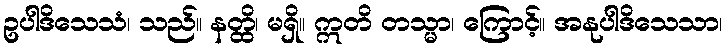
ဥပါဒိသေသံ၊ သည်။ နတ္ထိ၊ မရှိ။ ဣတိ တသ္မာ၊ ကြောင့်။ အနုပါဒိသေသာ၊